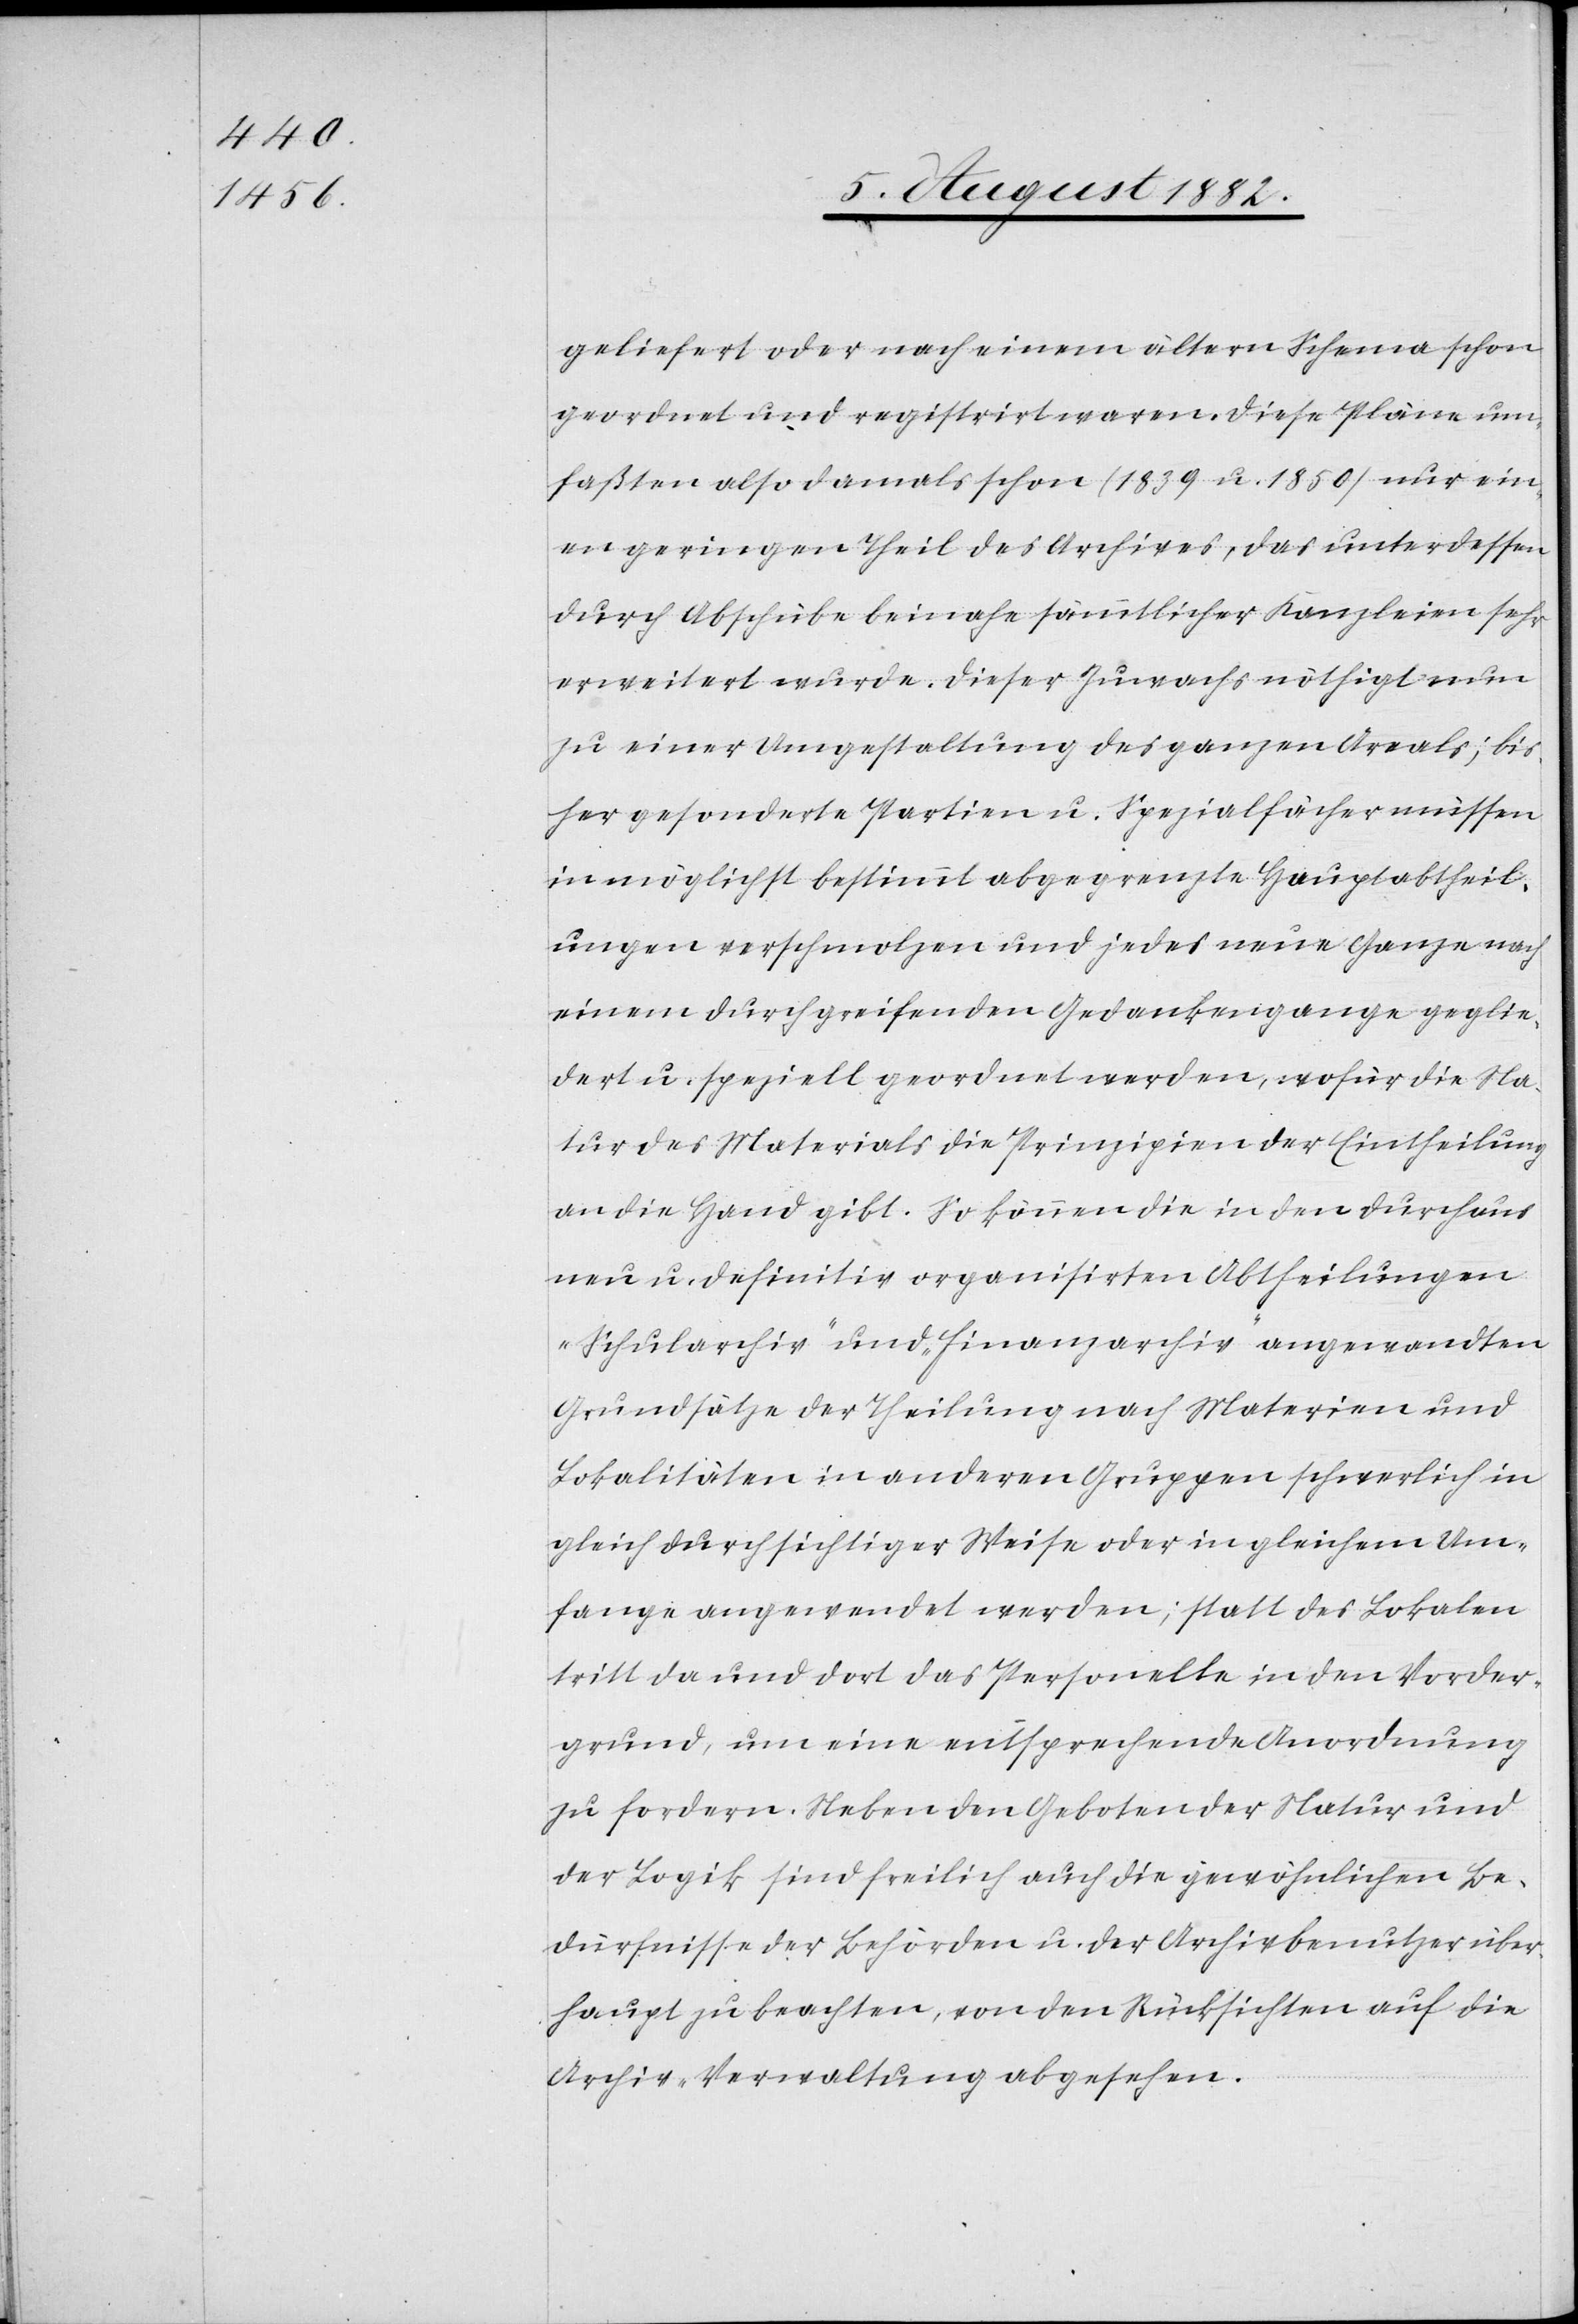
geliefert oder nach einem ältern Schema schon
geordnet und registrirt waren. Diese Pläne um¬
faßten also damals schon (1839 u. 1850) nur ein¬
en geringen Theil des Archives, das unterdessen
durch Abschübe beinahe sämmtlicher Kanzleien sehr
erweitert wurde. Dieser Zuwachs nöthigt nun
zu einer Umgestaltung des ganzen Areals; bis¬
her gesonderte Partien u. Spezialfächer müssen
in möglichst bestimmt abgegrenzte Hauptabtheil¬
ungen verschmolzen und jedes neue Ganze nach
einem durchgreifenden Gedankengange geglie¬
dert u. speziell geordnet werden, wofür die Na¬
tur des Materials die Prinzipien der Eintheilung
an die Hand gibt. So können die in den durchaus
neu u. definitiv organisirten Abtheilungen
„Schularchiv“ und „Finanzarchiv“ angewandten
Gründsätze der Theilung nach Materien und
Lokalitäten in anderen Gruppen schwerlich in
gleich durchsichtiger Weise oder in gleichem Um¬
fange angewendet werden; statt der Lokalen
tritt da und dort das Personelle in den Vorder¬
grund, um eine entsprechende Anordnung
zu fordern. Neben den Geboten der Natur und
der Logik sind freilich auch die gewöhnlichen Be¬
dürfnisse der Behörden u. der Archivbenutzer über¬
haupt zu beachten, von den Rücksichten auf die
Archiv-Verwaltung abgesehen.